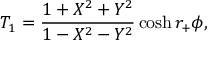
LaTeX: T _ { 1 } = { \frac { 1 + X ^ { 2 } + Y ^ { 2 } } { 1 - X ^ { 2 } - Y ^ { 2 } } } \cosh r _ { + } \phi ,